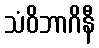
သံဝိဘာဂိနီ